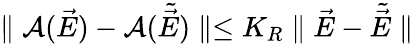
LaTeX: \parallel{\cal A}(\vec{E})-{\cal A}(\tilde{\vec{E}})\parallel\leq K_{R}\parallel\vec{E}-\tilde{\vec{E}}\parallel